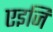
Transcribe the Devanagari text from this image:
एइजि